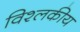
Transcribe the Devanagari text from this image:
विश्लकीय